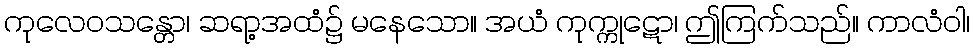
ကုလေဝသန္တော၊ ဆရာ့အထံ၌ မနေသော။ အယံ ကုက္ကုဋော၊ ဤကြက်သည်။ ကာလံဝါ၊